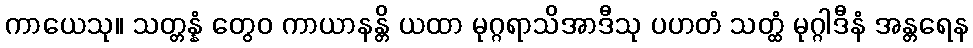
ကာယေသု။ သတ္တန္နံ တွေဝ ကာယာနန္တိ ယထာ မုဂ္ဂရာသိအာဒီသု ပဟတံ သတ္ထံ မုဂ္ဂါဒီနံ အန္တရေန